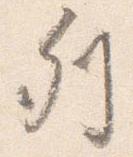
列